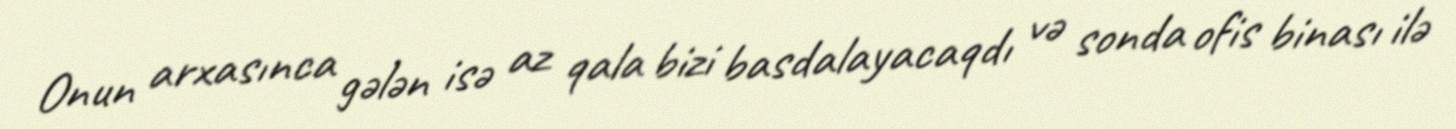
Onun arxasınca gələn isə az qala bizi basdalayacaqdı və sonda ofis binası ilə